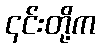
၎င်းတို့က